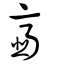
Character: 𩐈